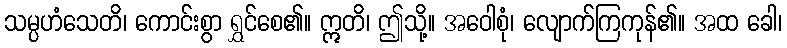
သမ္ပဟံသေတိ၊ ကောင်းစွာ ရွှင်စေ၏။ ဣတိ၊ ဤသို့။ အဝေါစုံ၊ လျောက်ကြကုန်၏။ အထ ခေါ၊